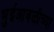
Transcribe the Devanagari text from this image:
भुईआवळीच्या